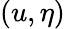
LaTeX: (u,\eta)